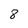
Character: 8